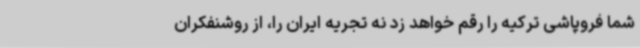
شما فروپاشی ترکیه را رقم خواهد زد نه تجریه ایران را، از روشنفکران